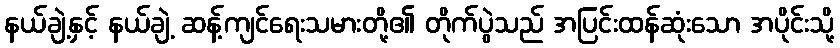
နယ်ချဲ့နှင့် နယ်ချဲ့ ဆန့်ကျင်ရေးသမားတို့၏ တိုက်ပွဲသည် အပြင်းထန်ဆုံးသော အပိုင်းသို့